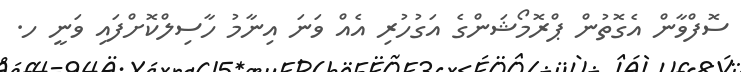
ސޮފްވާން އެގޮތުން ޕްރޮމޯޝަންގެ އަގުހުރި އެއް ވަނަ އިނާމު ހާސިލްކޮށްފައި ވަނީ ހ.